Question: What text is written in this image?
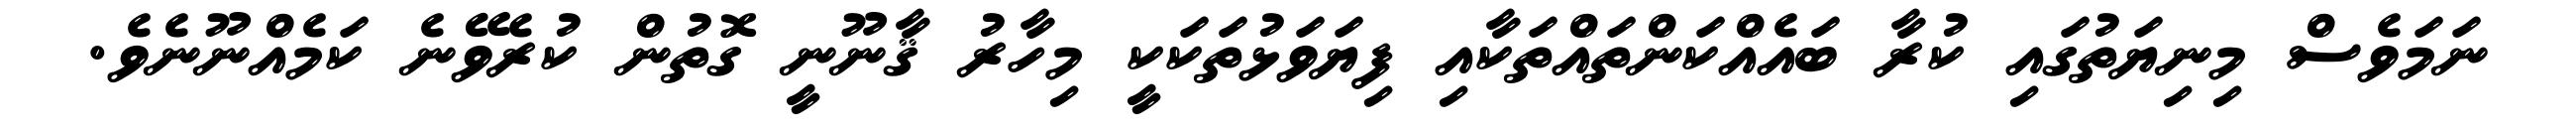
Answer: ނަމަވެސް މިނިޔަތުގައި ކުރާ ބައެއްކަންތައްތަކާއި ފިޔަވަޅުތަކަކީ މިހާރު ޤާނޫނީ ގޮތުން ކުރެވޭނެ ކަމެއްނޫނެވެ.